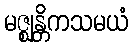
မဇ္ဈန္တိကသမယံ